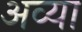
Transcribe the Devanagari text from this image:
अव्या